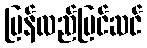
ပြန်လည်ပြင်ဆင်